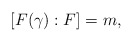
\begin{align*} [F(\gamma):F]=m, \end{align*}